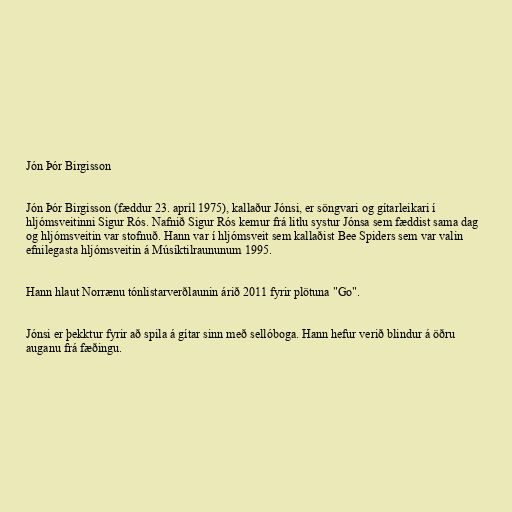
Jón Þór Birgisson

Jón Þór Birgisson (fæddur 23. apríl 1975), kallaður Jónsi, er söngvari og gítarleikari í
hljómsveitinni Sigur Rós. Nafnið Sigur Rós kemur frá litlu systur Jónsa sem fæddist sama dag
og hljómsveitin var stofnuð. Hann var í hljómsveit sem kallaðist Bee Spiders sem var valin
efnilegasta hljómsveitin á Músíktilraununum 1995.

Hann hlaut Norrænu tónlistarverðlaunin árið 2011 fyrir plötuna "Go".

Jónsi er þekktur fyrir að spila á gítar sinn með sellóboga. Hann hefur verið blindur á öðru
auganu frá fæðingu.